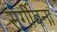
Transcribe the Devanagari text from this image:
सर्गीवना